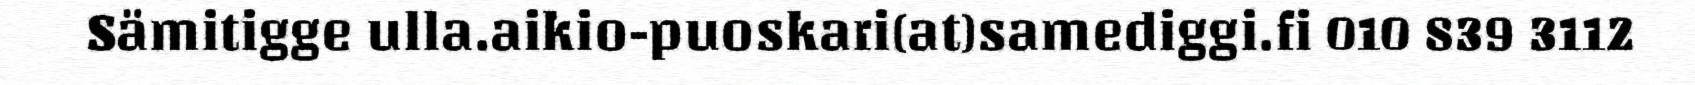
Sämitigge ulla.aikio-puoskari(at)samediggi.fi 010 839 3112